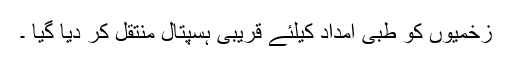
زخمیوں کو طبی امداد کیلئے قریبی ہسپتال منتقل کر دیا گیا ۔